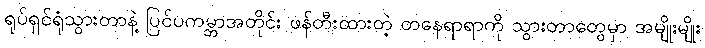
ရုပ်ရှင်ရုံသွားတာနဲ့ ပြင်ပကမ္ဘာအတိုင်း ဖန်တီးထားတဲ့ တနေရာရာကို သွားတာတွေမှာ အမျိုးမျိုး